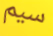
سيم